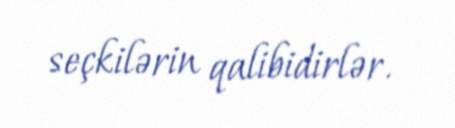
seçkilərin qalibidirlər.